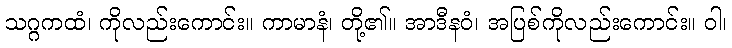
သဂ္ဂကထံ၊ ကိုလည်းကောင်း။ ကာမာနံ၊ တို့၏။ အာဒီနဝံ၊ အပြစ်ကိုလည်းကောင်း။ ဝါ၊